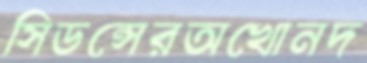
সিডন্সেরঅখোনদ